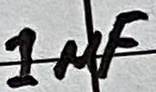
Text: 1µF